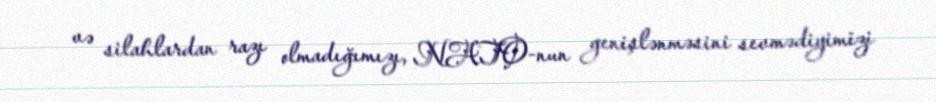
və silahlardan razı olmadığımızı, NATO-nun genişlənməsini sevmədiyimizi